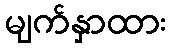
မျက်နှာထား